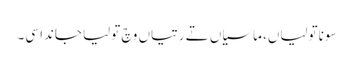
سونا تولیاں، ماسیاں تے رتیاں وچ تولیا جاندا سی۔